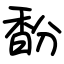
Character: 馚